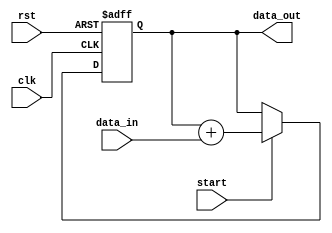
module parallel_accumulator (
    input wire clk,
    input wire rst,
    input wire [7:0] data_in,
    input wire start,
    output reg [15:0] data_out
);

reg [15:0] accumulator;

always @(posedge clk or posedge rst) begin
    if (rst) begin
        accumulator <= 16'h0000;
    end else if (start) begin
        accumulator <= accumulator + {8'b0, data_in};
    end
end

assign data_out = accumulator;

endmodule